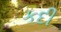
કદી